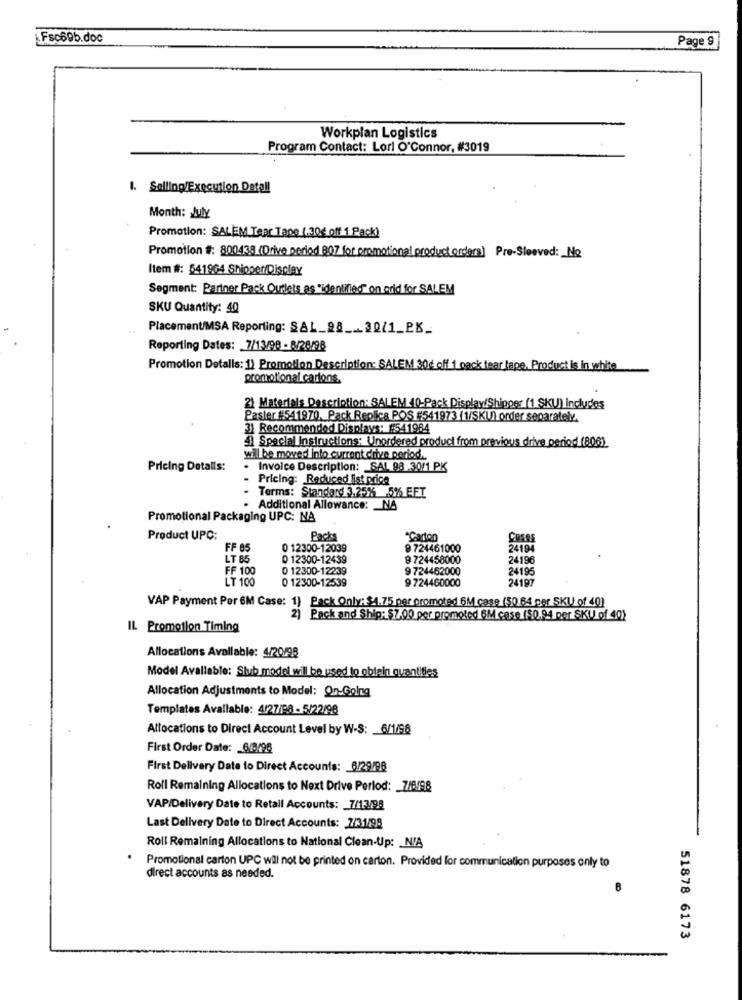
Fsc69b.doc
Page 9
Workplan Logistics
Program Contact: Lori O'Connor, #3019
1. Salling/Execution Detall
Month: July
Promotion: SALEM Tear Tape (.30€ off 1 Pack)
Promotion #: 800438 (Drive period BOZ for promotional product orders] Pre-Sleeved: No
Item #: 541964 Shipper/Display
Segment: Partner Pack Outlets as "identified" on orid for SALEM
SKU Quantity: 40
Placement/MSA Reporting: SAL_28 ___ 30/1_PK_
Reporting Dates: 7/13/98 - 8/28/98
Promotion Detalls: 1) Promotion Description: SALEM 30g off 1 pack tear tape. Product is in white
promotional cartons
2) Materials Description: SALEM 40-Pack Display/Shipper (1 SKU) Includes
Paster #541970. Pack Replica POS #541973 (1/SKU) order separately,
31 Recommended Displays: 541984
4) Special Instructions: Unordered product from previous drive period (806)
will be moved Into current drive period.
Pricing Details:
Invoice Description: SAL 98 30/1 PK
Pricing: Reduced ist price
Terms: Standard 3.25% 5% EFT
Additional Allowance: NA
Promotional Packaging UPC: NA
Product UPC:
Packs
"Carton
FF 85
0 12300-12039
9 724461000
24194
LT 85
0 12300-12439
9 724458000
24196
FF 100
0 12300-12239
9 724462000
24195
L'T 100
0 12300-12539
9 724460000
24197
VAP Payment Per 6M Case: 1) Pack Only: $4.75 per promoted 6M case (50 64 per SKU of 40)
2) Pack and Ship: 7.00 per promoted 6M case ($0.94 per SKU of 40)
IL Promotion Timing
Allocations Avallable: 4/20/98
Model Avallable: Stub model wil be used to oblein quantifies
Allocation Adjustments to Model: On-Going
Templates Available: 4/27/98 - 5/22/98
Allocations to Direct Account Level by W-S: 6/1/98
First Order Date: _ 6/8/98
First Delivery Date to Direct Accounts: 8/29/98
Roll Remaining Allocations to Next Drive Period: 7/6/98
VAP/Delivery Date to Retall Accounts: 7/13/98
Last Delivery Date to Direct Accounts: 7/31/98
Roll Remaining Allocations to National Clean-Up: N/A
Promotional carton UPC will not be printed on carton. Provided for communication purposes only to
direct accounts as needed.
8
51878 6173